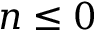
n \leq 0